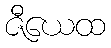
ဇီယေထ